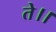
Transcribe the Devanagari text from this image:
ते।।